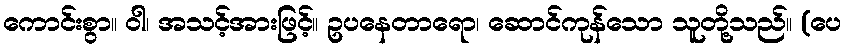
ကောင်းစွာ။ ဝါ၊ အသင့်အားဖြင့်။ ဥပနေတာရော၊ ဆောင်ကုန်သော သူတို့သည်။ (ပေ